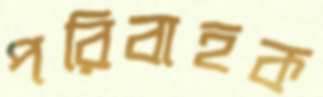
পরিবাহক